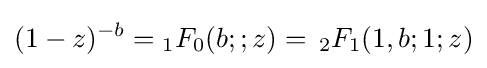
(1-z)^{-b}={}_{1}F_{0}(b;;z)=\,_{2}F_{1}(1,b;1;z)